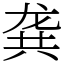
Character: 龚